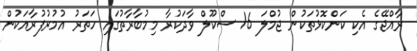
ރާއްޖޭގެ އެކި ކަންކޮޅުތަކުން ޖުމްލަ 16 ސްކޫލް ވާދަކުރާ މިމުބާރާތުގައި ހަތަރު އުމުރުފުރާއަކުން